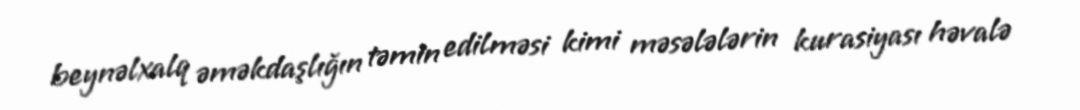
beynəlxalq əməkdaşlığın təmin edilməsi kimi məsələlərin kurasiyası həvalə